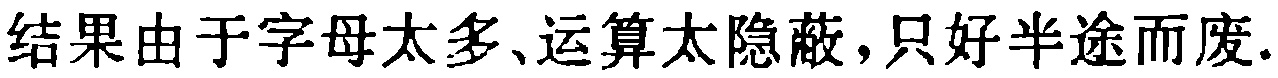
结果由于字母太多、运算太隐蔽,只好半途而废.